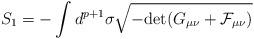
LaTeX: \begin{align*}S_1 = - \int d^{p + 1} \sigma \sqrt{- {\rm {\rm det}} (G_{\mu\nu} + {\cal F}_{\mu\nu})}\end{align*}